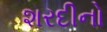
શરદીનો